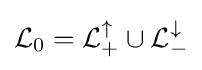
{\mathcal {L}}_{0}={\mathcal {L}}_{+}^{\uparrow }\cup {\mathcal {L}}_{-}^{\downarrow }